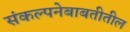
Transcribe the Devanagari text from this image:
संकल्पनेबाबतीतील